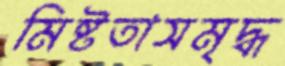
মিষ্টতাসমৃদ্ধ